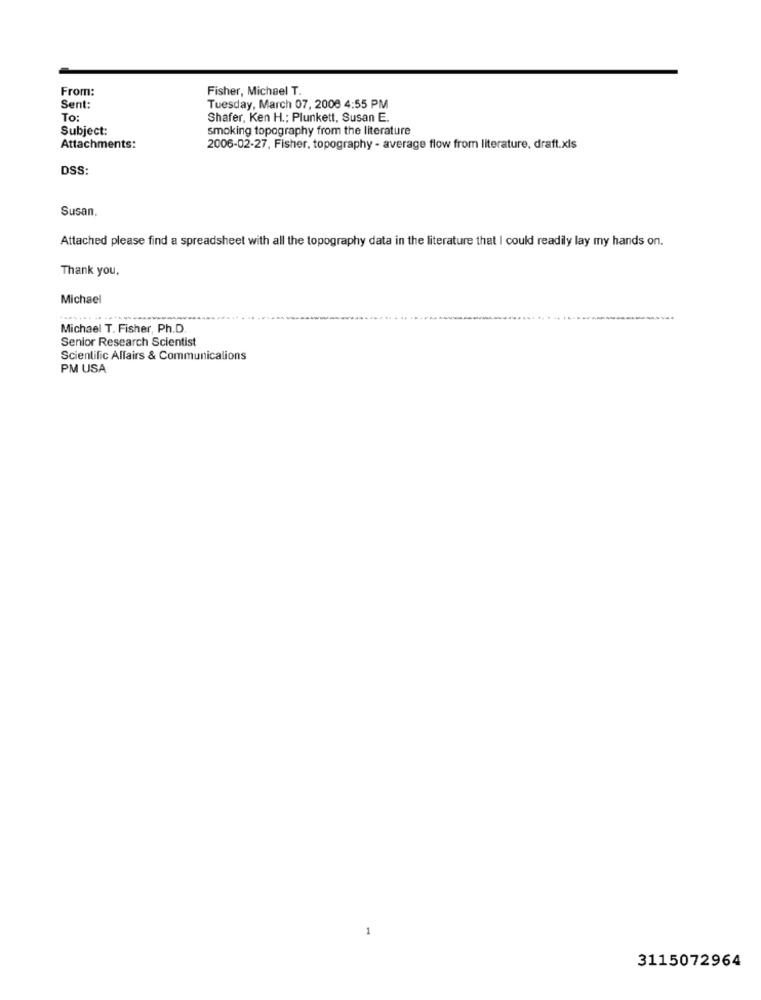
From:
Fisher, Michael T.
Sent:
Tuesday, March 07, 2006 4:55 PM
To:
Shafer, Ken H .; Plunkett, Susan E.
Subject:
smoking topography from the literature
Attachments:
2006-02-27, Fisher, topography - average flow from literature, draft.xls
DSS:
Susan.
Attached please find a spreadsheet with all the topography data in the literature that I could readily lay my hands on.
Thank you,
Michael
...............
Michael T. Fisher, Ph.D.
Senior Research Scientist
Scientific Affairs & Communications
PM USA
3115072964